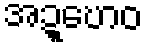
အဍ္ဎောဝ